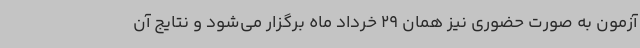
آزمون به صورت حضوری نیز همان 29 خرداد ماه برگزار می‌شود و نتایج آن